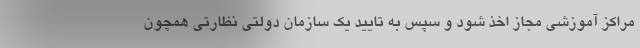
مراکز آموزشی مجاز اخذ شود و سپس به تایید یک سازمان دولتی نظارتی همچون